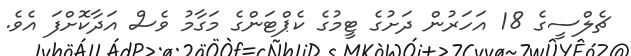
ޗެލްސީގެ 18 އަހަރުން ދަށުގެ ޓީމުގެ ކެޕްޓަންގެ މަގާމު ވެސް އަދާކޮށްފަ އެވެ.